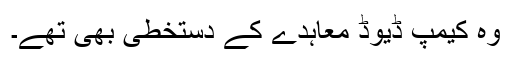
وہ کیمپ ڈیوڈ معاہدے کے دستخطی بھی تھے۔